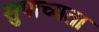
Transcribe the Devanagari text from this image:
सुपाच्यता